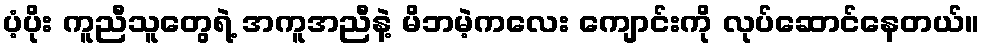
ပံ့ပိုး ကူညီသူတွေရဲ့ အကူအညီနဲ့ မိဘမဲ့ကလေး ကျောင်းကို လုပ်ဆောင်နေတယ်။